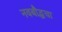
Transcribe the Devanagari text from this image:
नवबौद्धचा